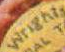
wrights